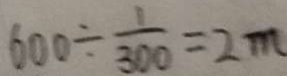
6 0 0 \div \frac { 1 } { 3 0 0 } = 2 m